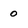
Character: 0